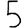
Digit: 5